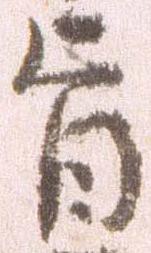
旨